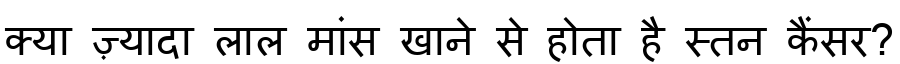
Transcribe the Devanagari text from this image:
क्या ज़्यादा लाल मांस खाने से होता है स्तन कैंसर?